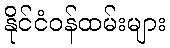
နိုင်ငံဝန်ထမ်းများ